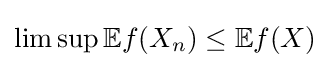
\limsup \mathbb {E} f(X_{n})\leq \mathbb {E} f(X)